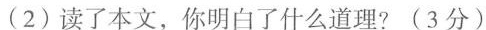
(2)读了本文，你明白了什么道理?(3分)